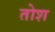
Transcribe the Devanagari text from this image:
तोश